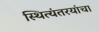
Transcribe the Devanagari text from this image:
स्थित्यंतरयांचा